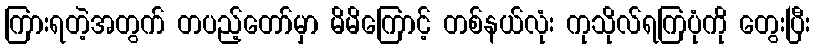
ကြားရတဲ့အတွက် တပည့်တော်မှာ မိမိကြောင့် တစ်နယ်လုံး ကုသိုလ်ရကြပုံကို တွေးပြီး